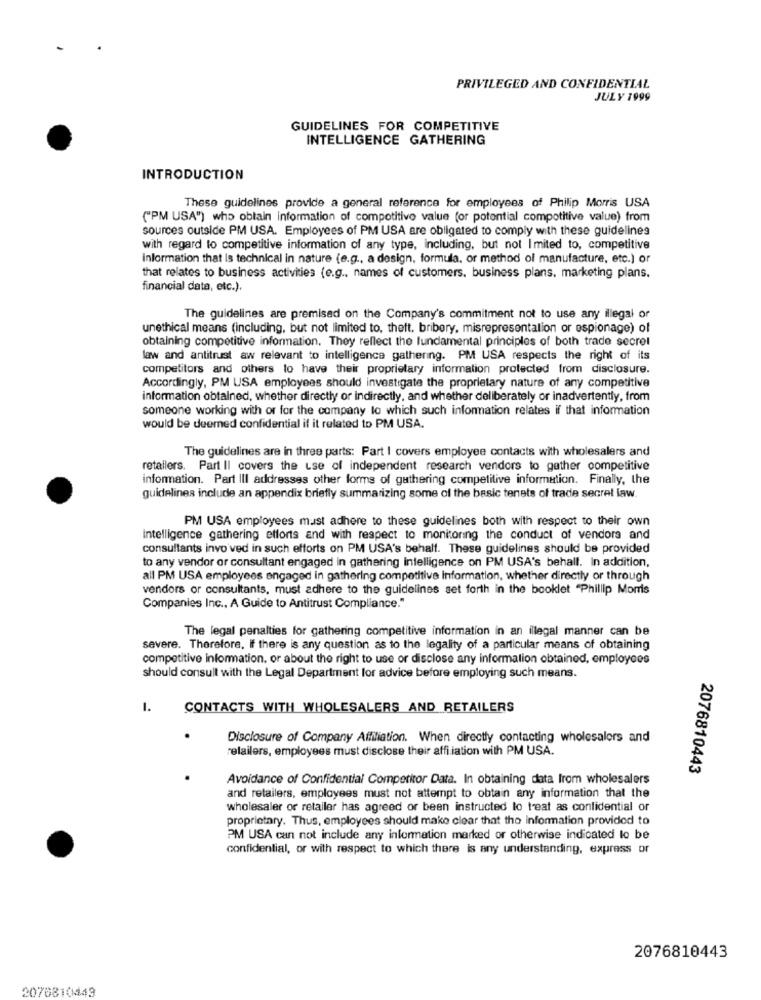
PRIVILEGED AND CONFIDENTIAL
JULY 1999
GUIDELINES FOR COMPETITIVE
INTELLIGENCE GATHERING
INTRODUCTION
These guidelines provide a general reference for employees of Philip Morris USA
("PM USA") who obtain information of competitivo value (or potential competitive value) from
sources outside PM USA. Employees of PM USA are obligated to comply with these guidelines
with regard to competitive information of any type, including, but not Imited to, competitive
Information that Is technical in nature (e.g ., a design, formula, or method of manufacture, etc.) or
that relates to business activities (e.g ., names of customers. business plans. marketing plans.
financial data, etc.).
The guidelines are premised on the Company's commitment not to use any illegal or
unethical means (including, but not limited to, theft, bribery, misrepresentation or espionage) of
obtaining competitive information. They reflect the fundamental principles of both trade secret
law and antitrust aw relevant to intelligence gathering. PM USA respects the right of its
competitors and others to have their proprietary information protected from disclosure.
Accordingly, PM USA employees should investigate the proprietary nature of any competitive
information obtained, whether directly or indirectly, and whether deliberately or inadvertently, from
someone working with or for the company lo which such information relates if that information
would be deemed confidential if it related to PM USA.
The guidelines are in three parts: Part I covers employee contacts with wholesalers and
retailers. Part II covers the use of independent research vendors to gather competitive
information. Part III addresses other forms of gathering competitive information. Finally, the
guidelines include an appendix briefly summarizing some of the basic tenets of trade secret law.
PM USA employees must adhere to these guidelines both with respect to their own
Intelligence gathering efforts and with respect to monitoring the conduct of vendora and
consultants invo ved in such efforts on PM USA's behalf. These guidelines should be provided
to any vendor or consultant engaged in gathering intelligence on PM USA's behall. In addition,
all PM USA employees engaged in gathering competitive information, whether directly or through
vendors or consultants, must adhere to the guidelines set forth in the booklet "Phillip Morris
Companies Inc ., A Guide to Antitrust Compliance."
The legal penalties for gathering competitive information in an illegal manner can be
severe. Therefore, if there is any question as to the legality of a particular means of obtaining
competitive information, or about the right to use or disclose any information obtained, employees
should consult with the Legal Department for advice before employing such means.
1.
CONTACTS WITH WHOLESALERS AND RETAILERS
Disclosure of Company Affiliation. When directly contacting wholesalers and
retailers, employees must disclose their affiliation with PM USA.
2076810443
Avoidance of Confidential Competitor Data. In obtaining data from wholesalers
and retailers, employees must not attempt to obtain any information that the
wholesaler or retailer has agreed or been instructed to treat as confidential or
proprietary. Thus, employees should make clear that the information provided to
PM USA can not include any information marked or otherwise indicated to be
confidential, or with respect to which there is any understanding, express or
2076810443
2076810443